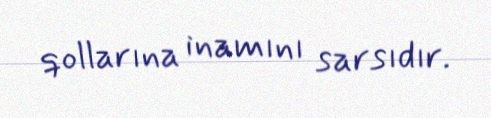
qollarına inamını sarsıdır.